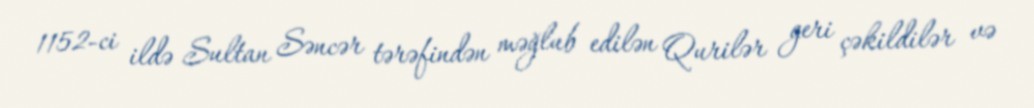
1152-ci ildə Sultan Səncər tərəfindən məğlub edilən Qurilər geri çəkildilər və